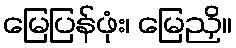
မြေပြန်ဖုံး၊ မြေညှိ။